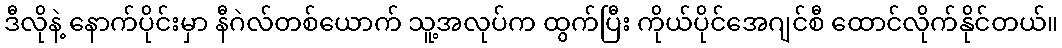
ဒီလိုနဲ့ နောက်ပိုင်းမှာ နီဂဲလ်တစ်ယောက် သူ့အလုပ်က ထွက်ပြီး ကိုယ်ပိုင်အေဂျင်စီ ထောင်လိုက်နိုင်တယ်။